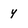
Character: y